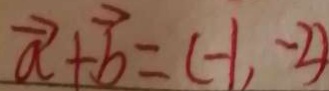
\overrightarrow { a } + \overrightarrow { b } = ( - 1 , - 2 )